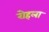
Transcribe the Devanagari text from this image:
रोहला